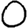
Digit: 0